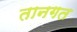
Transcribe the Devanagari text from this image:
तानगत